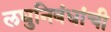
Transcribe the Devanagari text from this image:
लघुनिबंधांची